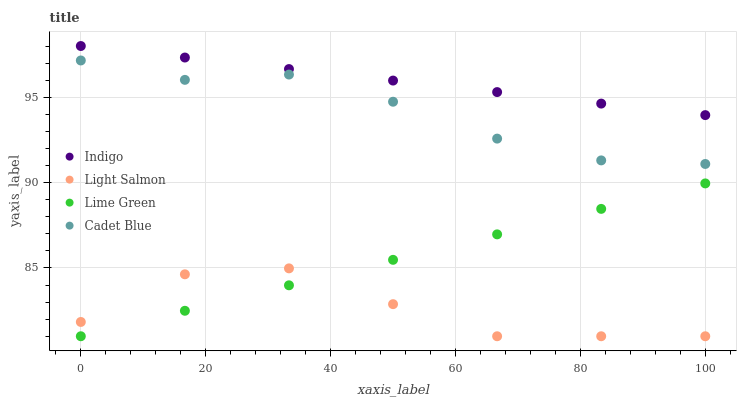
| xaxis_label | Indigo | Light Salmon | Lime Green | Cadet Blue |
 | --- | --- | --- | --- | --- |
 | 0 | 98 | 81.8 | 81 | 97.2 |
 | 16.7 | 97.3 | 84.6 | 82.5 | 96 |
 | 33.3 | 96.7 | 85 | 84 | 96.3 |
 | 50 | 96 | 82.9 | 85.5 | 94.7 |
 | 66.7 | 95.3 | 81 | 87 | 92.6 |
 | 83.3 | 94.6 | 81 | 88.5 | 91.3 |
 | 100 | 94 | 81 | 90 | 91.1 |